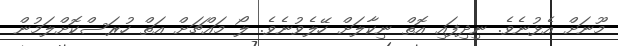
މޫނަށް އެޅުނެވެ. ނިދިފައި އޮތް ނިކާލަށް ހޭލެވުނެވެ. ލޯ މައްޗަށް އަތް ހުރަސްކޮށްލަމުން